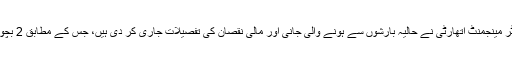
رپورٹ کے مطابق خیبر پختونخوا کے صوبائی ڈیزاسٹر مینجمنٹ اتھارٹی نے حالیہ بارشوں سے ہونے والی جانی اور مالی نقصان کی تفصیلات جاری کر دی ہیں، جس کے مطابق 2 بچوں اور ایک خاتون سمیت 5 افراد جاں بحق ہو گئے ہیں۔